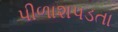
પીળાશપડતા